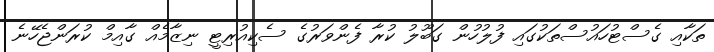
ތަކާއި ގެސްޓުހައުސްތަކުގައި ފުލުހުން ގަބޫލު ކުރާ ފެންވަރުގެ ސެކިއުރިޓީ ނިޒާމެއް ގާއިމް ކުރަންޖެހޭނެ